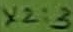
Text: X2:3